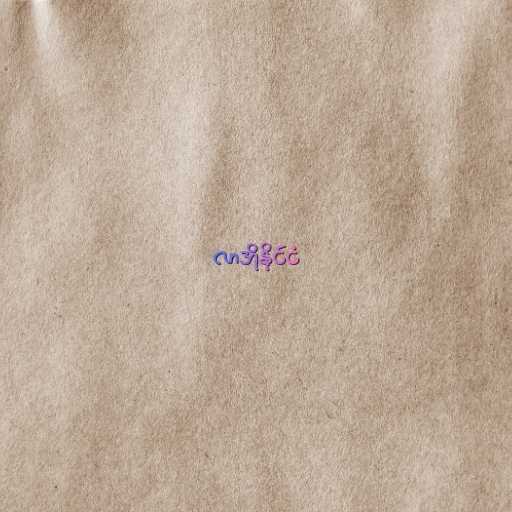
လာအိုနိုင်ငံ